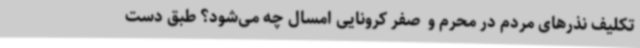
تکلیف نذرهای مردم در محرم و  صفر کرونایی امسال چه می‌شود؟ طبق دست